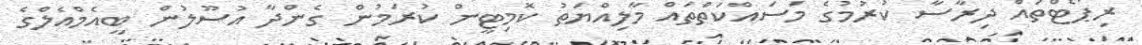
ރިޕޯޓްތައް ދިރާސާ ކުރުމުގެ މަސައްކަތްތައް މާލިއްޔަތު ކޮމިޓީން ކުރަމުން ގެންދާ އުސޫލުން ބީއެމްއެލްގެ